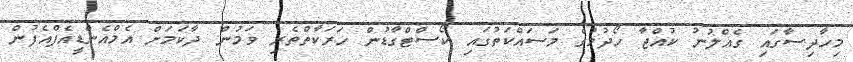
މިހާދިސާގައި ގެއްލުނު ކުއްޖާ ހޯދުމުގެ މަސައްކަތުގައި ކޯސްޓްގާޑުން ހަރަކާތްތެރި ވަމުން ދާކަމަށް އެމްއެންޑީއެފްއެފުން